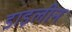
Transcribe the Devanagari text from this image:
डाइलीन